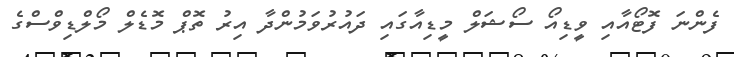
ފެންނަ ފޮޓޯއާއި ވީޑިއޯ ސޯޝަލް މީޑިއާގައި ދައުރުވަމުންދާ އިރު ތޮޕް މޮޑެލް މޯލްޑިވްސްގެ